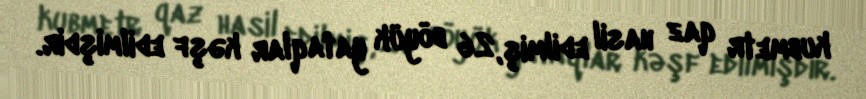
kubmetr qaz hasil edilmiş, 26 böyük yataqlar kəşf edilmişdir.